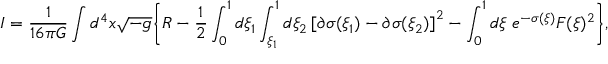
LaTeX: I = { \frac { 1 } { 1 6 \pi G } } \int d ^ { 4 } x \sqrt { - g } \biggl \{ R - { \frac { 1 } { 2 } } \int _ { 0 } ^ { 1 } d \xi _ { 1 } \int _ { \xi _ { 1 } } ^ { 1 } d \xi _ { 2 } \left[ \partial \sigma ( \xi _ { 1 } ) - \partial \sigma ( \xi _ { 2 } ) \right] ^ { 2 } - \int _ { 0 } ^ { 1 } d \xi \; e ^ { - \sigma ( \xi ) } F ( \xi ) ^ { 2 } \biggr \} ,